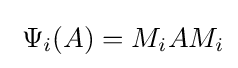
\;\Psi _{i}(A)=M_{i}AM_{i}